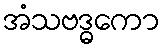
အံသဗဒ္ဓကော